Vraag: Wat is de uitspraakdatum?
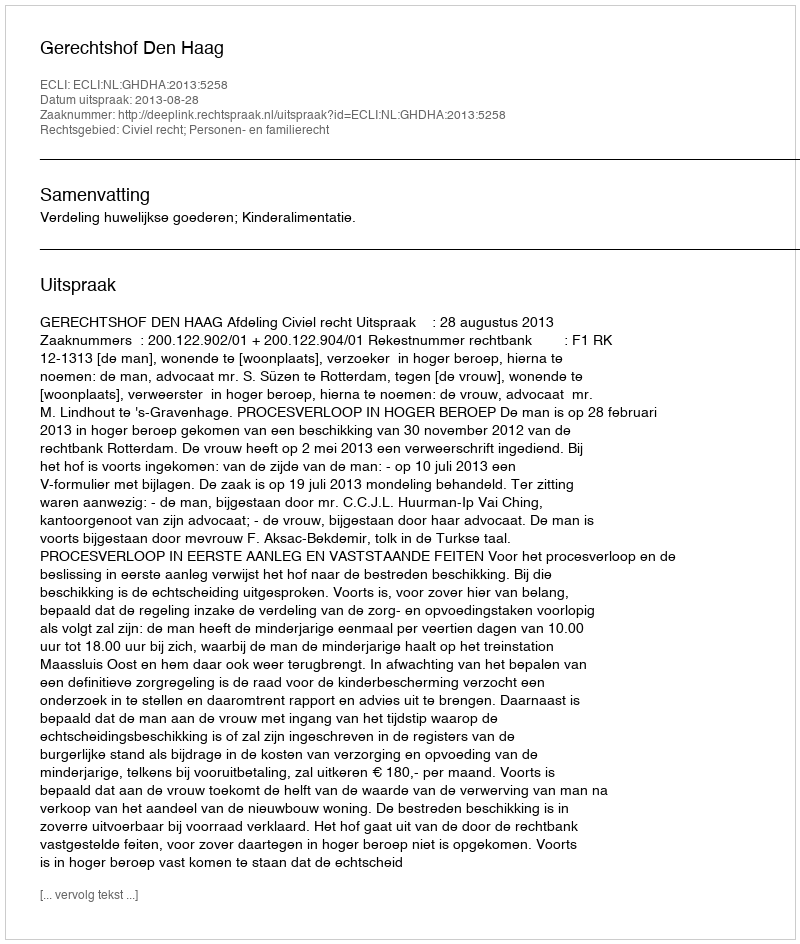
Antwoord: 2013-08-28